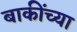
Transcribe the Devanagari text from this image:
बाकींच्या